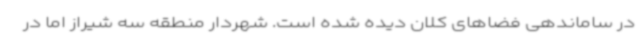
در ساماندهی فضاهای کلان دیده شده است. شهردار منطقه سه شیراز اما در